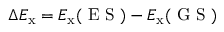
\Delta E _ { \mathrm { x } } = E _ { \mathrm { x } } ( \textrm { E S } ) - E _ { \mathrm { x } } ( \textrm { G S } )